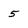
Character: 5